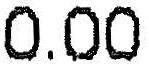
0.00